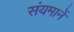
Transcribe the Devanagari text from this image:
संयमानें